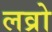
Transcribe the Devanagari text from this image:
लव्रो